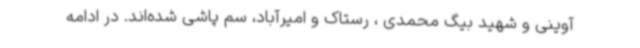
آوینی و شهید بیگ محمدی ، رستاک و امیرآباد، سم پاشی شده‌اند. در ادامه